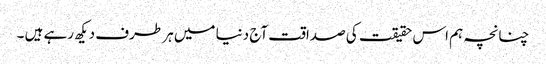
چنانچہ ہم اس حقیقت کی صداقت آج دنیا میں ہر طرف دیکھ رہے ہیں ۔